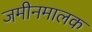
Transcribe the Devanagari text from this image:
जमीनमालक